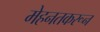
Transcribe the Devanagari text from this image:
मेहनतकरून